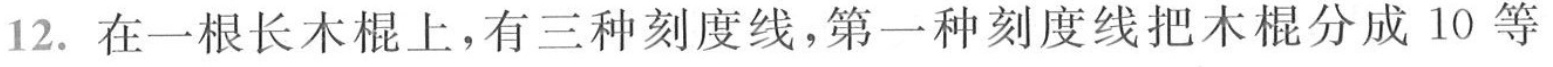
12.在一根长木棍上，有三种刻度线，第一种刻度线把木棍分成10等